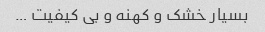
بسیار خشک و کهنه و بی کیفیت …